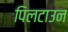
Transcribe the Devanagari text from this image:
पिलटाउन